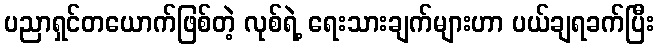
ပညာရှင်တယောက်ဖြစ်တဲ့ လုစ်ရဲ့ ရေးသားချက်များဟာ ပယ်ချရခက်ပြီး